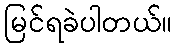
မြင်ရခဲပါတယ်။